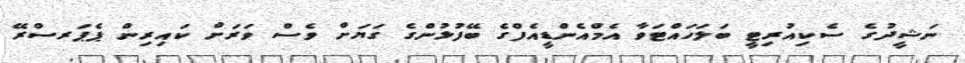
ނަޝީދުގެ ސެކިއުރިޓީ ބަލަހައްޓަވާ އެމްއެންޑީއެފްގެ ބޭފުޅުންގެ ގަޔަށް ވެސް ވަރަށް ކައިރިން ޕެޕަރސްރޭ